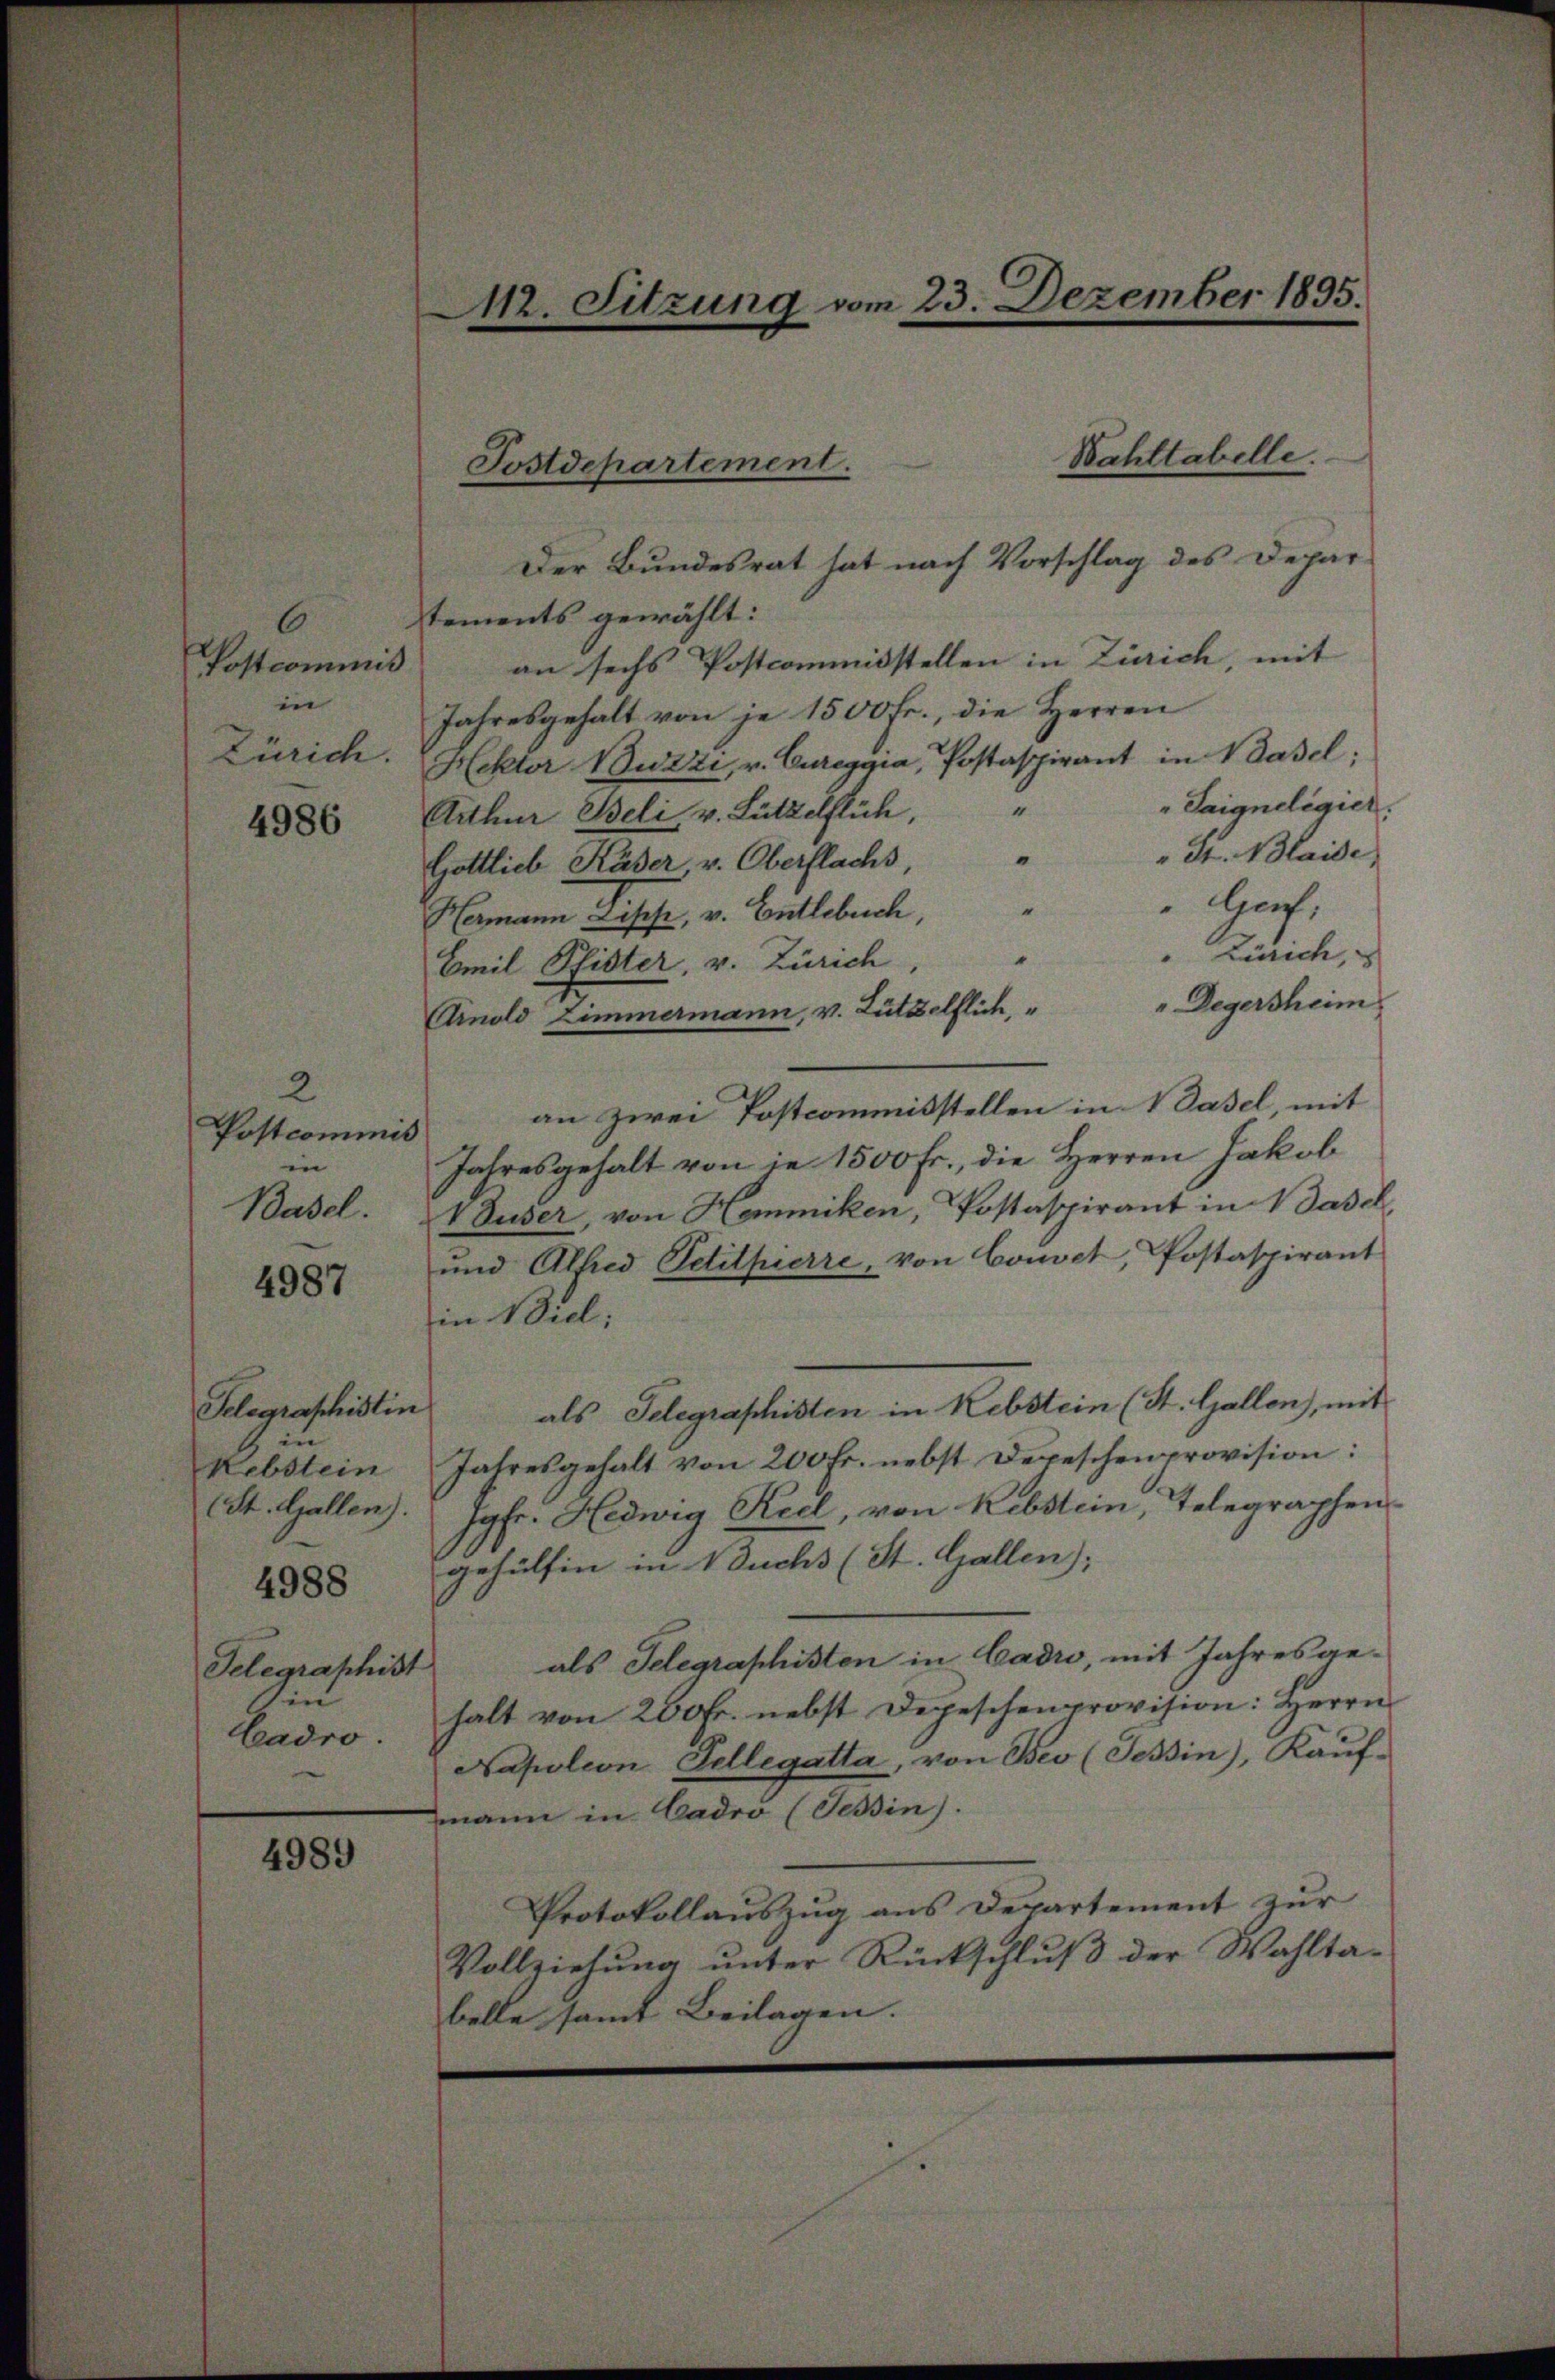
6
Postcommis
in
Zürich.

4986

2
Postcommis
in
Basel.

4987

Telegraphistin
Rebstein
(St. Gallen).
4988
Telegrathist
sin
Cadro.

4989

112. Sitzung vom 23. Dezember 1895.

Wahltabelle.
Postdepartement.

Der Bundesrat hat nach Vorschlag des Depar
tements gewählt:
an sechs Postcommisstellen in Zürich, mit
Jahresgehalt von je 1500 fr., die Herren
Hektor Buzzi, v. Cureggia, Postaspirant in Basel;
"Saigneligier.
“
Arthur Beli v. Lützelflich,
" S. Blaide,
Gottlich Käser v. Oberflachs, "
" Genf,
A
Hamann Disse, v. Entlebuch,
" Zürich,
"
Emil Pfister, v. Zürich,
" Degersheim
Cinold Zimmermann, v. Lützelflich,
an zwei Postcommisstellen in Nasel, mit
Jahresgehalt von je 1500 Fr., die Herren Jakob
V Duser, von Hemmiken, Postaspirant in Wasch,
und Alfred Petitpierre, von Convet, Postaspirant
in Viel;
als Telegraphisten in Rebstein (St. Gallen, mit
Jahresgehalt von 200 Fr. nebst Depeschenprovision:
Jgfr. Hedwig Reel, von Rebstein, Telegraphen
gehülfen in Buchs (St. Gallen);
als Telegraphisten in Cadro, mit Jahresge-
halt von 200 Fr. nebst Depeschen provision: Herrn
Napoleon Fellegatta, von Beo (Tessin, Kaŭf-
mmann in Cadró (Tessin).
Protokollauszug aus Departement zur
Vollziehŭng ŭnter Rückschlŭβ der Wahltabelle samt Beilagen.